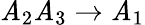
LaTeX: \mathit{A}_{2}\mathit{A}_{3}\rightarrow\mathit{A}_{1}